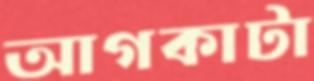
আগকাটা